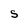
Character: S